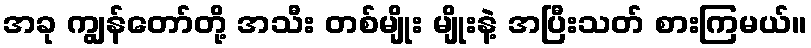
အခု ကျွန်တော်တို့ အသီး တစ်မျိုး မျိုးနဲ့ အပြီးသတ် စားကြမယ်။